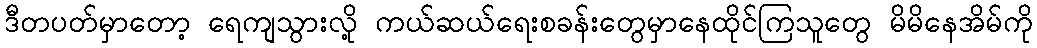
ဒီတပတ်မှာတော့ ရေကျသွားလို့ ကယ်ဆယ်ရေးစခန်းတွေမှာနေထိုင်ကြသူတွေ မိမိနေအိမ်ကို